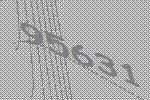
95631